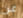
عن